Regulations for the medical services of the Army of India
Year: 1930
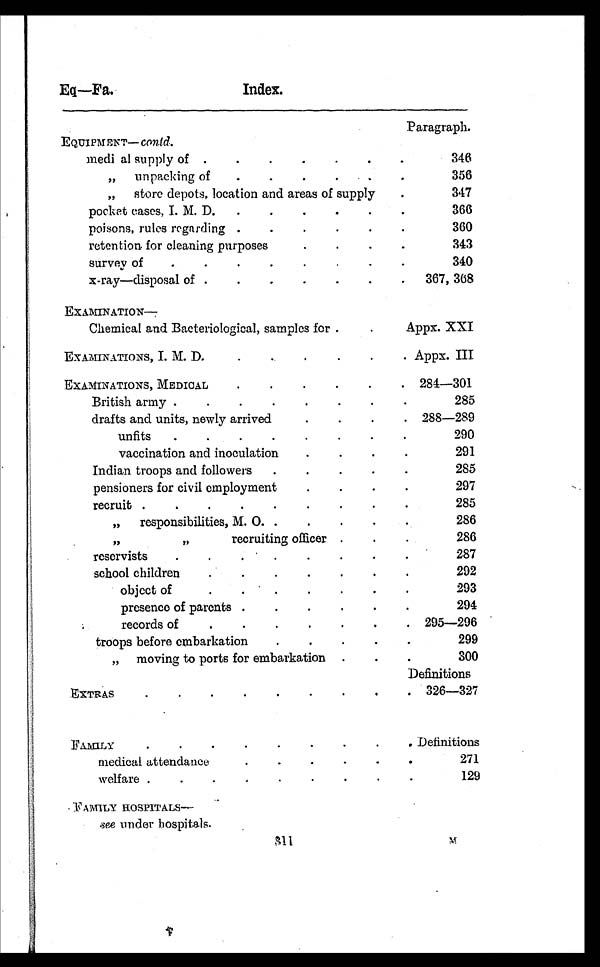
Eq—Fa.
Index.
Paragraph.
EQUIPMENT- contd.
medi al supply of
.
.
.
.
.
.
3 4 6
„ unpacking of .
.
.
.
.
.
.
3 5 6
,, store depots, location and areas of supply
.
347
pocket cases, I. M. D .
. •
.
.
.
.
3 6 6
poisons, rules regarding.
.
.
.
.
.
360
retention for cleaning purpose
.
.
.
.
343
s u r v e y o f
.
.
.
.
.
.
3 4 0
x-ray—disposal of
.
.
.
.
.
. 367, 368
EX AMINATION
—
Chemical and Bacteriological, samples for
.
.Appx. XXI
EXAMINATIONS, I. M. D
.
.
.
.
.
. Appx. III
EXAMINATIONS, MEDICAL
.
.
.
.
. . 284-301
British army.
. .
.
.
.
.
2 8 5
d r a f t s a n d u n i t s , n e wl y a r r i v e d
.
.
.
. 288-289
unfits.
.
.
.
.
.
.
2 9 0
vaccination and inoculation
.
.
.
.
2 9 1
Indian troops and followers
.
.
.
.
.
.
2 8 5
pensioners for civil employment
.
.
.
.
2 9 7
recruit .
.
.
.
.
.
.
.
.
285
„ responsibilities, M. O.
.
.
.
.
286
, ,
, ,
recruiting officer .
.
.
286
reservists
.
.
.
.
.
.
.
.
287
school children.
.
.
.
.
.
.
2 9 2
object of .
. .
.
. .
.
.
2 9 3
presence of parents .
.
.
.
.
.
294
records of.
.
.
.
.
.
. 295—296
troops before embarkatio
.
.
.
.
.
299
, , moving to ports for embarkation .
.
.
300
Definitions
EXTRAS
.
.
. .
.
.
.
.
. 326—327
FAMILY
.
.
•
.
.
.
.
.
.
. Definitions
medical attendance
.
.
.
.
.
.
271
welfare.
.
.
.
.
.
.
.
.
.
129
FAMILY HOSPITALS—
see under hospitals.
M